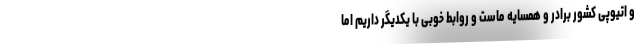
و اتیوپی کشور برادر و همسایه ماست و روابط خوبی با یکدیگر داریم اما